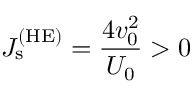
J _ { \mathrm { s } } ^ { \mathrm { ( H E ) } } = \frac { 4 v _ { 0 } ^ { 2 } } { U _ { 0 } } > 0